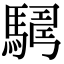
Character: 𩤫